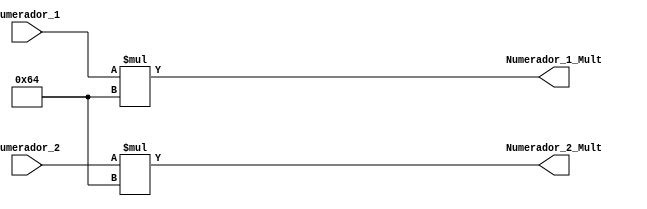
/*============================================================================================================
  Este programa tem a finalidade de multiplicar o resultado do numerado calculado no 
 programa "triangulo" por 100. 
  Essa multiplicao  necessria para que o resultado seja expressado entre 0 e 100
 e no entre um numero fracionrio entre 0 e 1.
 
 ===============================================================================================================*/	


module Numerador_Multiplicado_trapezio (Numerador_1, Numerador_2, Numerador_1_Mult, Numerador_2_Mult);
input [31:0] Numerador_1, Numerador_2;
output [31:0]  Numerador_1_Mult, Numerador_2_Mult;

parameter K = 8'd100; //100 decimal  

assign Numerador_1_Mult = Numerador_1*K;
assign Numerador_2_Mult = Numerador_2*K;

endmodule